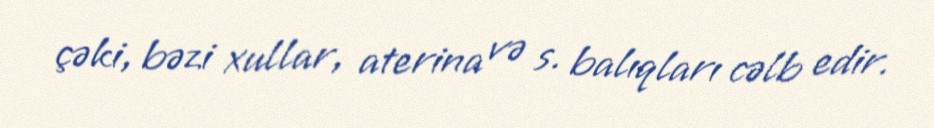
çəki, bəzi xullar, aterina və s. balıqları cəlb edir.